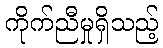
ကိုက်ညီမှုရှိသည့်